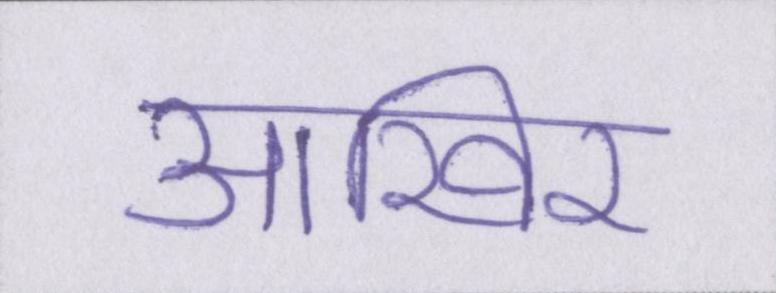
आखिर